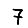
Digit: 7